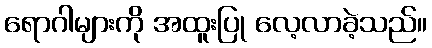
ရောဂါများကို အထူးပြု လေ့လာခဲ့သည်။